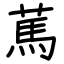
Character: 䔍